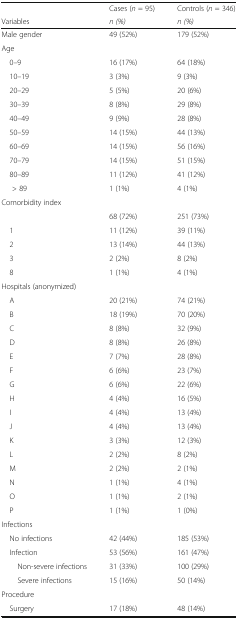
<table><thead><tr><td></td><td><b>Cases (<i>n</i> = 95)</b></td><td><b>Controls (<i>n</i> = 346)</b></td></tr><tr><td><b>Variables</b></td><td><b><i>n (%)</i></b></td><td><b><i>n (%)</i></b></td></tr></thead><tbody><tr><td>Male gender</td><td>49 (52%)</td><td>179 (52%)</td></tr><tr><td colspan="3">Age</td></tr><tr><td> 0–9</td><td>16 (17%)</td><td>64 (18%)</td></tr><tr><td> 10–19</td><td>3 (3%)</td><td>9 (3%)</td></tr><tr><td> 20–29</td><td>5 (5%)</td><td>20 (6%)</td></tr><tr><td> 30–39</td><td>8 (8%)</td><td>29 (8%)</td></tr><tr><td> 40–49</td><td>9 (9%)</td><td>28 (8%)</td></tr><tr><td> 50–59</td><td>14 (15%)</td><td>44 (13%)</td></tr><tr><td> 60–69</td><td>14 (15%)</td><td>56 (16%)</td></tr><tr><td> 70–79</td><td>14 (15%)</td><td>51 (15%)</td></tr><tr><td> 80–89</td><td>11 (12%)</td><td>41 (12%)</td></tr><tr><td>&gt; 89</td><td>1 (1%)</td><td>4 (1%)</td></tr><tr><td colspan="3">Comorbidity index</td></tr><tr><td></td><td>68 (72%)</td><td>251 (73%)</td></tr><tr><td> 1</td><td>11 (12%)</td><td>39 (11%)</td></tr><tr><td> 2</td><td>13 (14%)</td><td>44 (13%)</td></tr><tr><td> 3</td><td>2 (2%)</td><td>8 (2%)</td></tr><tr><td> 8</td><td>1 (1%)</td><td>4 (1%)</td></tr><tr><td colspan="3">Hospitals (anonymized)</td></tr><tr><td> A</td><td>20 (21%)</td><td>74 (21%)</td></tr><tr><td> B</td><td>18 (19%)</td><td>70 (20%)</td></tr><tr><td> C</td><td>8 (8%)</td><td>32 (9%)</td></tr><tr><td> D</td><td>8 (8%)</td><td>26 (8%)</td></tr><tr><td> E</td><td>7 (7%)</td><td>28 (8%)</td></tr><tr><td> F</td><td>6 (6%)</td><td>23 (7%)</td></tr><tr><td> G</td><td>6 (6%)</td><td>22 (6%)</td></tr><tr><td> H</td><td>4 (4%)</td><td>16 (5%)</td></tr><tr><td> I</td><td>4 (4%)</td><td>13 (4%)</td></tr><tr><td> J</td><td>4 (4%)</td><td>13 (4%)</td></tr><tr><td> K</td><td>3 (3%)</td><td>12 (3%)</td></tr><tr><td> L</td><td>2 (2%)</td><td>8 (2%)</td></tr><tr><td> M</td><td>2 (2%)</td><td>2 (1%)</td></tr><tr><td> N</td><td>1 (1%)</td><td>4 (1%)</td></tr><tr><td> O</td><td>1 (1%)</td><td>2 (1%)</td></tr><tr><td> P</td><td>1 (1%)</td><td>1 (0%)</td></tr><tr><td colspan="3">Infections</td></tr><tr><td> No infections</td><td>42 (44%)</td><td>185 (53%)</td></tr><tr><td> Infection</td><td>53 (56%)</td><td>161 (47%)</td></tr><tr><td>Non-severe infections</td><td>31 (33%)</td><td>100 (29%)</td></tr><tr><td>Severe infections</td><td>15 (16%)</td><td>50 (14%)</td></tr><tr><td colspan="3">Procedure</td></tr><tr><td> Surgery</td><td>17 (18%)</td><td>48 (14%)</td></tr></tbody></table>